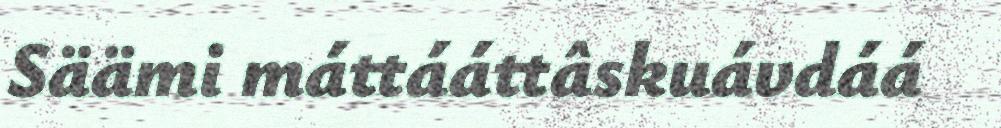
Säämi máttááttâskuávdáá